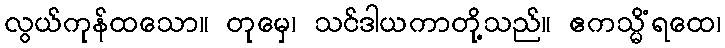
လွယ်ကုန်ထသော။ တုမှေ၊ သင်ဒါယကာတို့သည်။ ဧကသ္မိံရထေ၊